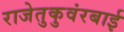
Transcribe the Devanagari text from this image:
राजेतुकुवंरबाई